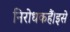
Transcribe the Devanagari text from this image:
निरोधकहैं।इसे